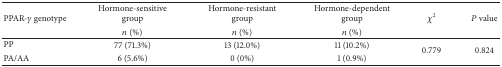
<table><thead><tr><td rowspan="2"><b>PPAR-<i>γ</i> genotype</b></td><td><b>Hormone-sensitive group</b></td><td><b>Hormone-resistant group</b></td><td><b>Hormone-dependent group</b></td><td rowspan="2"><b><i>χ</i><sup>2</sup></b></td><td rowspan="2"><b><i>P</i> value</b></td></tr><tr><td><b><i>n</i> (%)</b></td><td><b><i>n</i> (%)</b></td><td><b><i>n</i> (%)</b></td></tr></thead><tbody><tr><td>PP</td><td>77 (71.3%)</td><td>13 (12.0%)</td><td>11 (10.2%)</td><td rowspan="2">0.779</td><td rowspan="2">0.824</td></tr><tr><td>PA/AA</td><td>6 (5.6%)</td><td>0 (0%)</td><td>1 (0.9%)</td></tr></tbody></table>